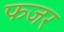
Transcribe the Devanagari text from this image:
फजर